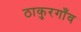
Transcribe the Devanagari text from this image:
ठाकुरगाँव